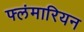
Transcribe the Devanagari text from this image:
फ्लंमारियन